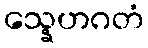
သ္နေဟဂတံ